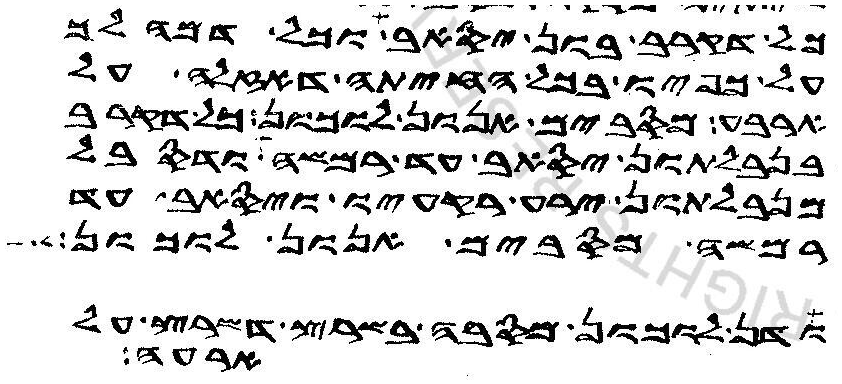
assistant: כל דקרב בון יסאב וכל דמהלך
על כפיו בכל החיתה דאזלה על
ארבע מסבים אנון לוכון כל דקרב
בנבלתון יסאב עד רמשה ודסבל
מנבלתון ירע רקעיו ויסאב עד
רמשה מסבים אנון לוכון
ודן לוכון מסבה בשרץ דשרץ על
ארעה